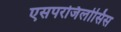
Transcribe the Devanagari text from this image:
एसपरजिलोसिस